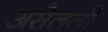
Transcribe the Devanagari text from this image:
असेलली